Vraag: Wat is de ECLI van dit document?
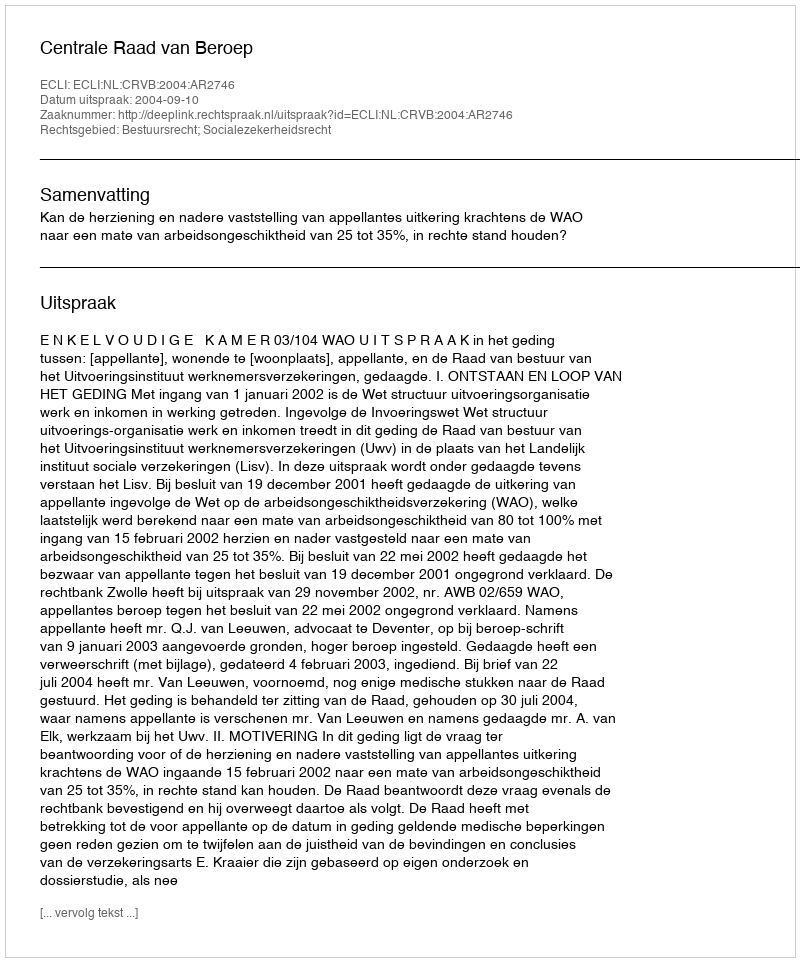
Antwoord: ECLI:NL:CRVB:2004:AR2746